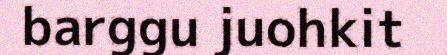
barggu juohkit